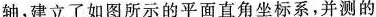
轴，建立了如图所示的平面直角坐标系，并测的